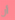
أن